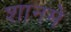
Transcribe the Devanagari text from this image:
शानमे